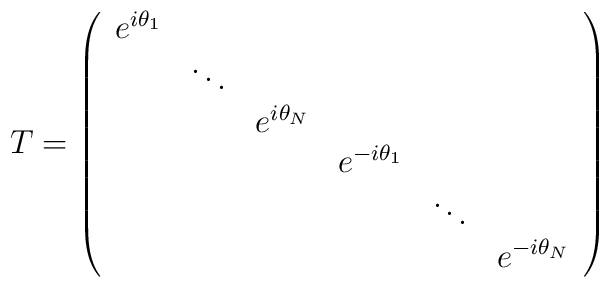
T= \left(\begin{array}{cccccc}e^{i \theta_1} &      &   &  & & \\ & \ddots & & & &\\&    & e^{i \theta_N}   &  & & \\  &   &    & e^{-i \theta_1}   & & \\  &   &   &    & \ddots &        \\  &   &   &       &  & e^{-i \theta_N} \\\end{array}\right)